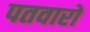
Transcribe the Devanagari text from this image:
पतवारों